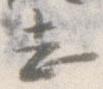
し